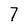
Character: 7